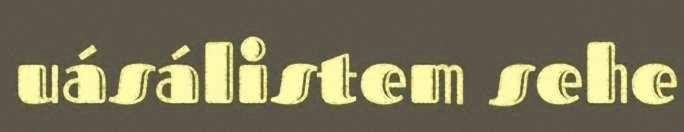
uásálistem sehe